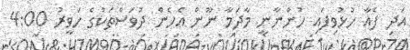
އަދި ފެއާ ހުޅުވިފައި ހުންނާނީ މާދަމާ ނޫން އެހެން ދުވަސްތަކުގެ ހަވީރު 4:00